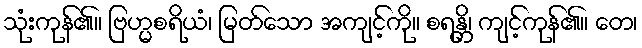
သုံးကုန်၏။ ဗြဟ္မစရိယံ၊ မြတ်သော အကျင့်ကို။ စရန္တိ၊ ကျင့်ကုန်၏။ တေ၊